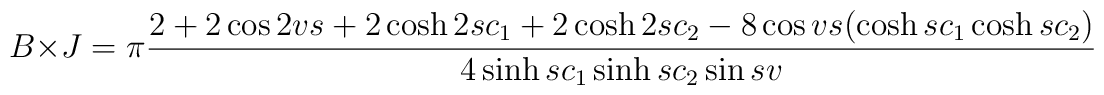
B \times J =\pi\frac{2+2\cos 2vs +2\cosh 2sc_1 +2\cosh 2sc_2  -8\cos vs (\cosh sc_1 \cosh sc_2)}{4\sinh sc_1 \sinh sc_2 \sin sv}